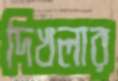
দিখলার